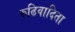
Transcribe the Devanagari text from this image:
रुढिवादिता